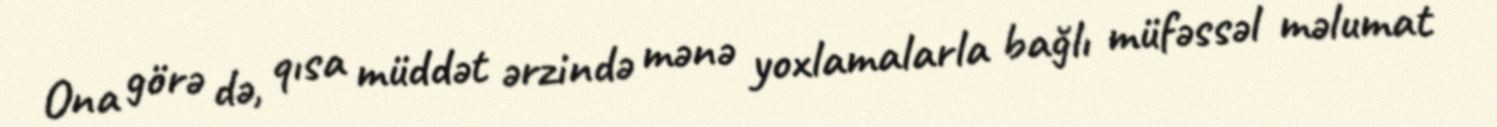
Ona görə də, qısa müddət ərzində mənə yoxlamalarla bağlı müfəssəl məlumat